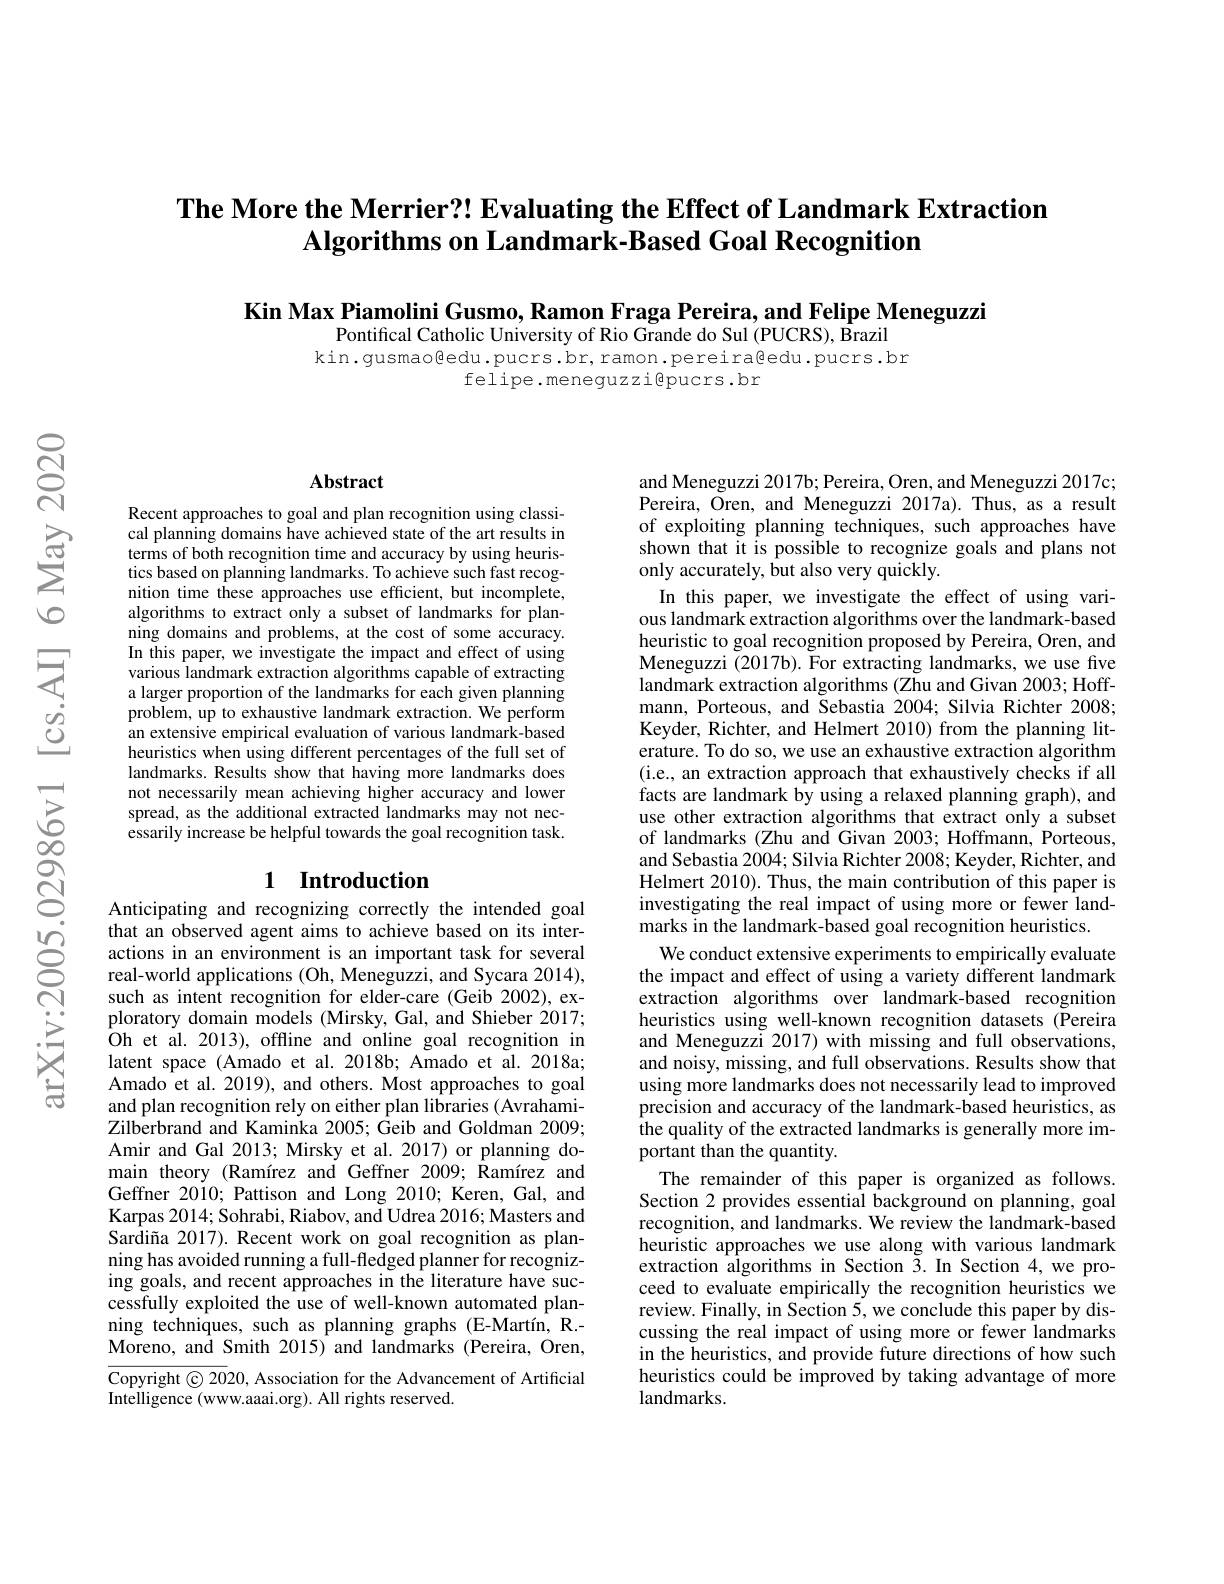
## The More the Merrier?! Evaluating the Effect of Landmark Extraction Algorithms on Landmark-Based Goal Recognition

Kin Max Piamolini Gusmo, Ramon Fraga Pereira, and Felipe Meneguzzi

Pontifical Catholic University of Rio Grande do Sul (PUCRS), Brazil kin.gusmao@edu.pucrs.br,ramon.pereira@edu.pucrs.br
felipe.meneguzzi@pucrs.br

### Abstract

Recent approaches to goal and plan recognition using classical planning domains have achieved state of the art results in terms of both recognition time and accuracy by using heuristics based on planning landmarks. To achieve such fast recognition time these approaches use efficient, but incomplete, algorithms to extract only a subset of landmarks for planning domains and problems, at the cost of some accuracy. In this paper, we investigate the impact and effect of using various landmark extraction algorithms capable of extracting a larger proportion of the landmarks for each given planning problem, up to exhaustive landmark extraction. We perform an extensive empirical evaluation of various landmark-based heuristics when using different percentages of the full set of landmarks. Results show that having more landmarks does not necessarily mean achieving higher accuracy and lower spread, as the additional extracted landmarks may not necessarily increase be helpful towards the goal recognition task.

## 1 Introduction

Anticipating and recognizing correctly the intended goal that an observed agent aims to achieve based on its interactions in an environment is an important task for several real-world applications (Oh, Meneguzzi, and Sycara 2014), such as intent recognition for elder-care (Geib 2002), exploratory domain models (Mirsky, Gal, and Shieber 2017; Oh et al. 2013), offline and online goal recognition in latent space (Amado et al. 2018b; Amado et al. 2018a; Amado et al. 2019), and others. Most approaches to goal and plan recognition rely on either plan libraries (AvrahamiZilberbrand and Kaminka 2005; Geib and Goldman 2009; Amir and Gal 2013; Mirsky et al. 2017) or planning domain theory (Ramírez and Geffner 2009; Ramírez and Geffner 2010; Pattison and Long 2010; Keren, Gal, and Karpas 2014; Sohrabi, Riabov, and Udrea 2016; Masters and Sardiña 2017). Recent work on goal recognition as planning has avoided running a full-fledged planner for recognizing goals, and recent approaches in the literature have successfully exploited the use of well-known automated planning techniques, such as planning graphs (E-Martín, R.- Moreno, and Smith 2015) and landmarks (Pereira, Oren, Copyright © 2020, Association for the Advancement of Artificial

Intelligence (www.aaai.org). All rights reserved

and Meneguzzi 2017b; Pereira, Oren, and Meneguzzi 2017c; Pereira, Oren, and Meneguzzi 2017a). Thus, as a result of exploiting planning techniques, such approaches have shown that it is possible to recognize goals and plans not only accurately, but also very quickly.
In this paper, we investigate the effect of using various landmark extraction algorithms over the landmark-based heuristic to goal recognition proposed by Pereira, Oren, and Meneguzzi (2017b). For extracting landmarks, we use five landmark extraction algorithms (Zhu and Givan 2003; Hoffmann, Porteous, and Sebastia 2004; Silvia Richter 2008; Keyder, Richter, and Helmert 2010) from the planning literature. To do so, we use an exhaustive extraction algorithm (i.e., an extraction approach that exhaustively checks if all facts are landmark by using a relaxed planning graph), and use other extraction algorithms that extract only a subset of landmarks (Zhu and Givan 2003; Hoffmann, Porteous, and Sebastia 2004;Silvia Richter 2008; Keyder, Richter, and Helmert 2010). Thus, the main contribution of this paper is investigating the real impact of using more or fewer landmarks in the landmark-based goal recognition heuristics.
We conduct extensive experiments to empirically evaluate the impact and effect of using a variety different landmark extraction algorithms over landmark-based recognition heuristics using well-known recognition datasets (Pereira and Meneguzzi 2017) with missing and full observations, and noisy, missing, and full observations. Results show that using more landmarks does not necessarily lead to improved precision and accuracy of the landmark-based heuristics, as the quality of the extracted landmarks is generally more important than the quantity.
The remainder of this paper is organized as follows. Section 2 provides essential background on planning, goal recognition, and landmarks. We review the landmark-based heuristic approaches we use along with various landmark extraction algorithms in Section $\bar{3}.$ In Section 4,we proceed to evaluate empirically the recognition heuristics we review. Finally, in Section 5, we conclude this paper by discussing the real impact of using more or fewer landmarks in the heuristics, and provide future directions of how such heuristics could be improved by taking advantage of more landmarks.